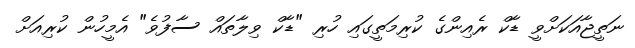
ނަތީޖާއަކަށްވީ ޑާކް ރެއިންގެ ކުރިމަތީގައި ހުރި "ޑާކް ވިލާތައް ސާފުވެ" އެމީހުން ކުރިއަށް